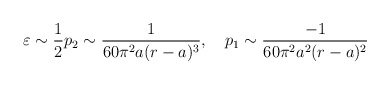
\begin{align*}\varepsilon \sim \frac{1}{2}p_2\sim \frac{1}{60\pi ^2a(r-a)^3},\quad p_1\sim \frac{-1}{60\pi ^2a^2(r-a)^2}\end{align*}